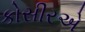
કોસીરએ